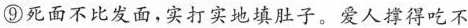
⑨死面不比发面，实打实地填肚子。爱人撑得吃不